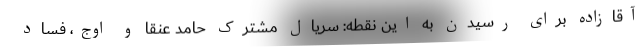
آقازاده برای رسیدن به این نقطه: سریال مشترک حامد عنقا و اوج، فساد